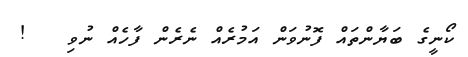
ކޯނީގެ ބަޔާންތައް ފޮނުވަން އަމުރެއް ނެރެން ފާހެއް ނުވި   !